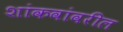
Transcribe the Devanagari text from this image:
शांकवांवरील